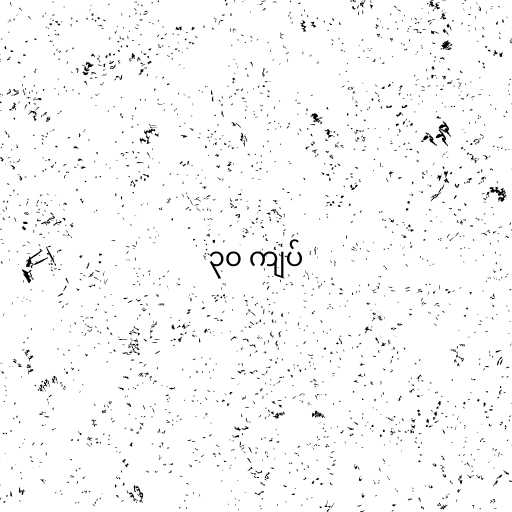
၃၀ ကျပ်